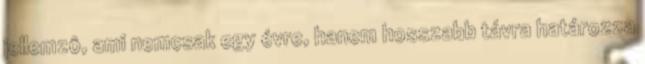
jellemzô, ami nemcsak egy évre, hanem hosszabb távra határozza